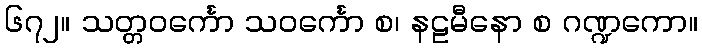
၆၇၂။ သတ္တဝင်္ကော သဝင်္ကော စ၊ နဠမီနော စ ဂဏ္ဍကော။